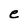
Character: e